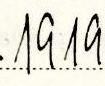
1919